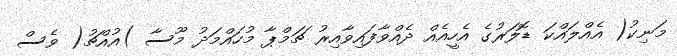
މަނިކު( އެއްލައްކަ ޑޮލަރުގެ އެހީއެއް ދެއްވާފައިވާއިރު ޗަމްޕާ މުހައްމަދު މޫސާ )އުއްޗު( ވެސް